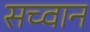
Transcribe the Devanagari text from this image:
सच्वान